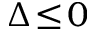
\Delta \! \le \! 0